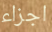
اجزاء